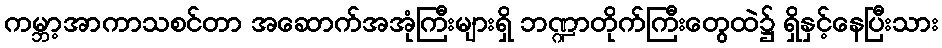
ကမ္ဘာ့အာကာသစင်တာ အဆောက်အအုံကြီးများရှိ ဘဏ္ဍာတိုက်ကြီးတွေထဲ၌ ရှိနှင့်နေပြီးသား